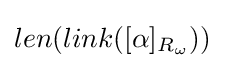
len(link([\alpha ]_{R_{\omega }}))